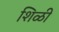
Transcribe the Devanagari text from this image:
शिळी